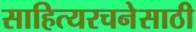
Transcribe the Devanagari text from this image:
साहित्यरचनेसाठी